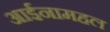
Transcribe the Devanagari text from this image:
आईनामहल